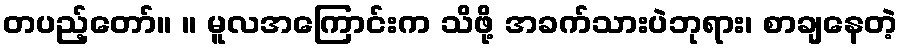
တပည့်တော်။ ။ မူလအကြောင်းက သိဖို့ အခက်သားပဲဘုရား၊ စာချနေတဲ့